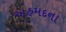
અહમદના